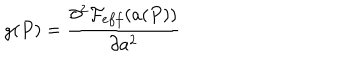
LaTeX: g ( P ) = \frac { \partial ^ { 2 } { \cal F } _ { e f f } ( a ( P ) ) } { \partial a ^ { 2 } }